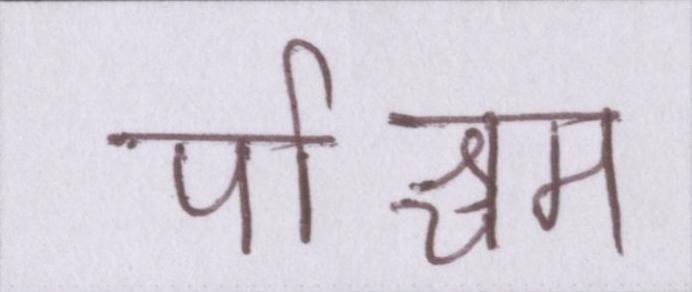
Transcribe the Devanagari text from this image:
पश्चिम